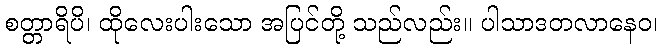
စတ္တာရိပိ၊ ထိုလေးပါးသော အပြင်တို့ သည်လည်း။ ပါသာဒတလာနေဝ၊